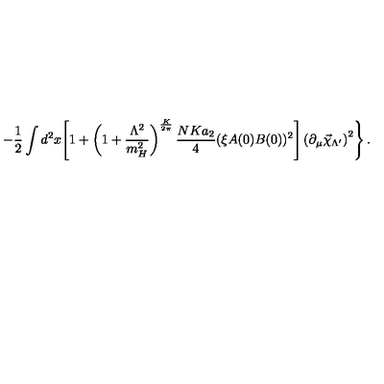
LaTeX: \left. - \frac 1 2 \int d ^ { 2 } x \Biggl [ 1 + \left( 1 + \frac { \Lambda ^ { 2 } } { m _ { H } ^ { 2 } } \right) ^ { \frac { K } { 2 \pi } } \frac { N K a _ { 2 } } { 4 } ( \xi A ( 0 ) B ( 0 ) ) ^ { 2 } \Biggr ] \left( \partial _ { \mu } \vec { \chi } _ { \Lambda ^ { \prime } } \right) ^ { 2 } \right\} .